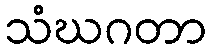
သံဃဂတာ